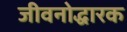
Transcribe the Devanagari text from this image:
जीवनोद्धारक